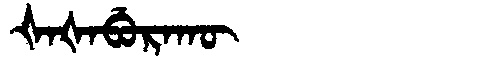
Manchu: ᡧᠠᡧᠠᠪᡠᡵᠠᡴᡡ
Romanization: ŠAŠABURAKŪ